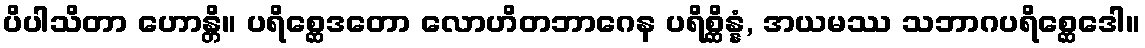
ပိပါသိတာ ဟောန္တိ။ ပရိစ္ဆေဒတော လောဟိတဘာဂေန ပရိစ္ဆိန္နံ, အယမဿ သဘာဂပရိစ္ဆေဒေါ။